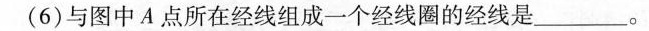
(6)与图中A点所在经线组成一个经线圈的经线是___。